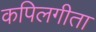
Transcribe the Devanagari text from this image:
कपिलगीता